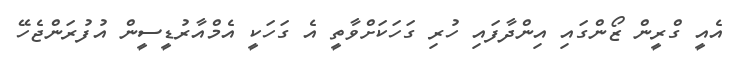
އެއީ ގްރީން ޒޯންގައި އިންދާފައި ހުރި ގަހަކަށްވާތީ އެ ގަހަކީ އެމްއާރުޑީސީން އުފުރަންޖެހޭ